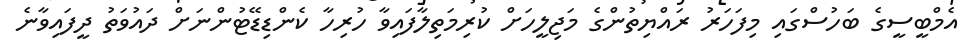
އެމްބީސީގެ ބަހުސްގައި މިފަހަރު ރައްޔިތުންގެ މަޖިލީހަށް ކުރިމަތިލާފައިވާ ހުރިހާ ކެންޑިޑޭޓުންނަށް ދައުވަތު ދީފައިވާނެ